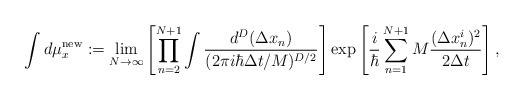
\begin{align*}\int d\mu _x^{\rm new} : = \lim_{N\rightarrow \infty} \left[ \prod^{N+1}_{n=2} \int \frac{d^D ( \Delta x_n)} {(2 \pi i \hbar \Delta t/M)^{D/2} }\right] \exp \left[ \frac{i}{\hbar} \sum_{n=1}^{N+1}M \frac{( \Delta x^i_n)^2} {2 \Delta t} \right],\end{align*}